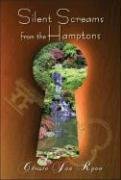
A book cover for Silent Screams from the Hamptons; Christa Jan Ryan; Self-Help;